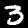
Digit: 3